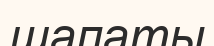
шапаты